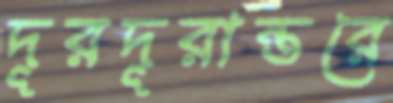
দূরদূরান্তরে